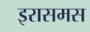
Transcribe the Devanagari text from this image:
इरासमस